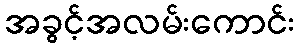
အခွင့်အလမ်းကောင်း